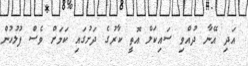
އަދި އޭނާ ދުއްވި ސައިކަލް އޮތީ ކާރުގެ ދަށުގައި ކަމަށް ވެސް ފުލުހުން